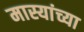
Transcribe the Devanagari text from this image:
मास्यांच्या